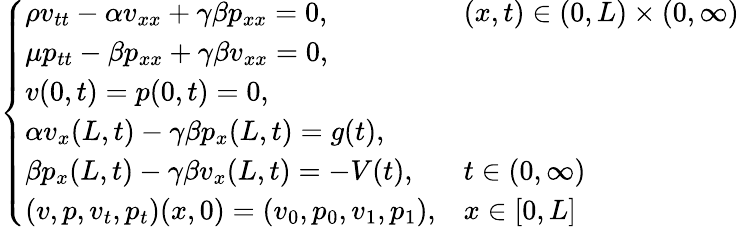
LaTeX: \left\{ \begin{array}{ll}{\rho v_{tt}-\alpha v_{xx}+\gamma\beta p_{xx}=0,}&{(x,t)\in(0,L)\times(0,\infty)}\\ {\mu p_{tt}-\beta p_{xx}+\gamma\beta v_{xx}=0,}&\\ {v(0,t)=p(0,t)=0,}&\\ {\alpha v_{x}(L,t)-\gamma\beta p_{x}(L,t)=g(t),}&\\ {\beta p_{x}(L,t)-\gamma\beta v_{x}(L,t)=-V(t),}&{t\in(0,\infty)}\\ {(v,p,v_{t},p_{t})(x,0)=(v_{0},p_{0},v_{1},p_{1}),}&{x\in[0,L]}\end{array}\right.